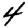
Digit: 4